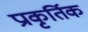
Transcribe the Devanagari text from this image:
प्राकृर्तिक